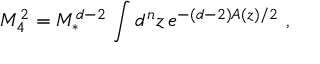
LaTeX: M _ { 4 } ^ { 2 } = M _ { * } ^ { d - 2 } \, \int d ^ { n } z \, e ^ { - ( d - 2 ) A ( z ) / 2 } \ ,